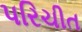
પરિચીત